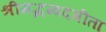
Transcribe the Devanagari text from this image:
श्रीमद्भग्वदगीता